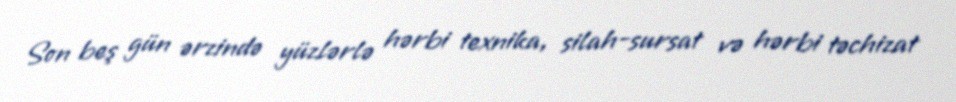
Son beş gün ərzində yüzlərlə hərbi texnika, silah-sursat və hərbi təchizat